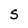
Character: S